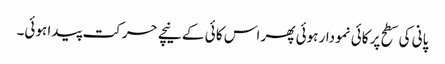
پانی کی سطح پر کائی نمودار ہوئی پھر اس کا ئی کے نیچے حرکت پیدا ہوئی۔